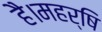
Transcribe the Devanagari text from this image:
है।महर्षि